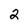
Character: 2